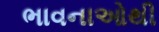
ભાવનાઓથી